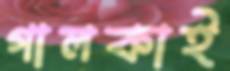
গালকাই